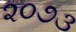
૨૦૭૩